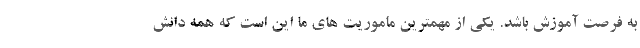
به فرصت آموزش باشد. یکی از مهمترین ماموریت های ما این است که همه دانش